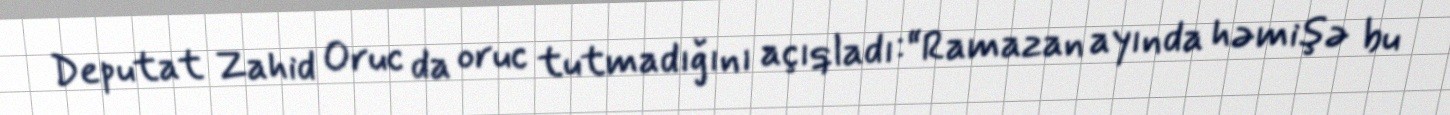
Deputat Zahid Oruc da oruc tutmadığını açıqladı:“Ramazan ayında həmişə bu